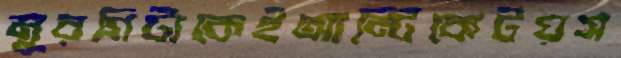
মুরগিটাকেইআন্টিকেটয়স